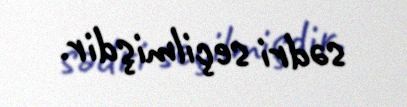
sədri seçilmişdir.